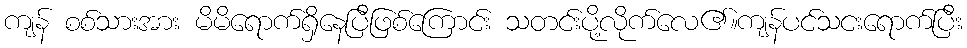
ကျန် စစ်သားအား မိမိရောက်ရှိနေပြီဖြစ်ကြောင်း သတင်းပို့လိုက်လေ၏။ကျန်ပင်သငးရောက်ပြီး